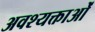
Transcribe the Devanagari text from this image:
अवश्यक्ताओं